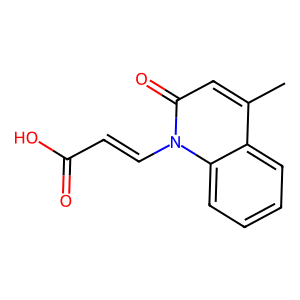
SMILES: Cc1cc(=O)n(C=CC(=O)O)c2ccccc12
Inhibits HIV replication: No